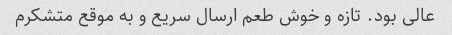
عالی بود. تازه و خوش طعم ارسال سریع و به موقع متشکرم